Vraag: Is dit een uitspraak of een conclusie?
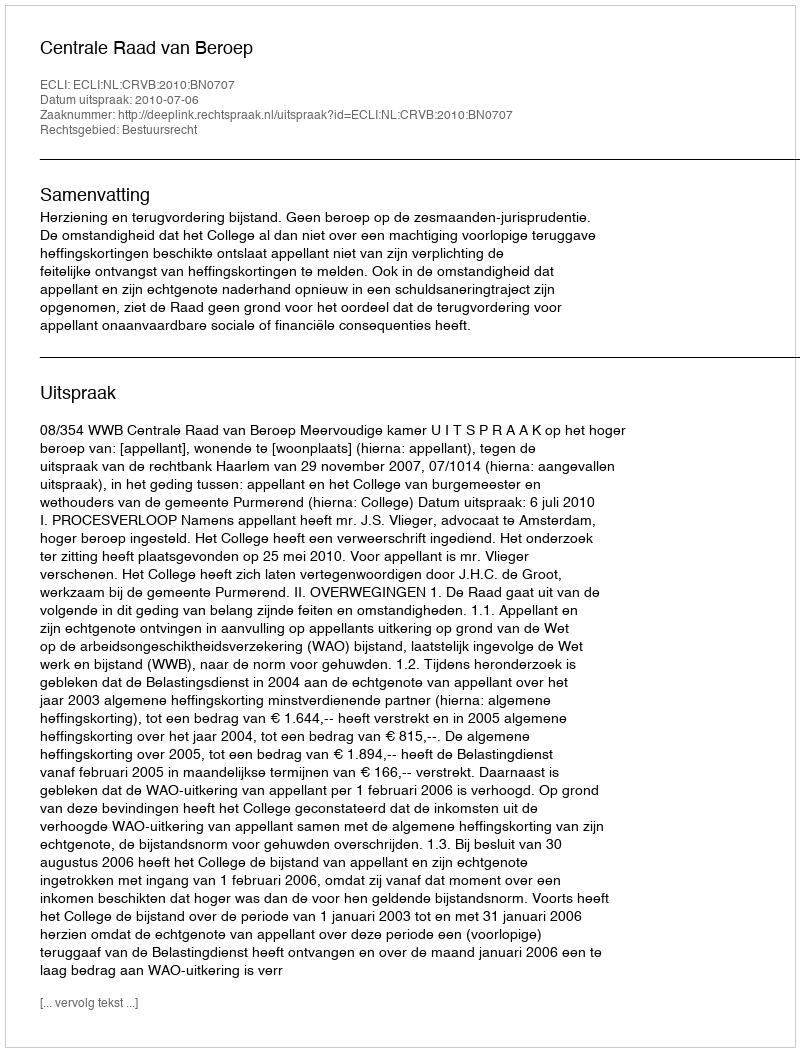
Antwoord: Uitspraak